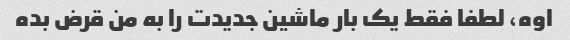
اوه، لطفا فقط یک بار ماشین جدیدت را به من قرض بده